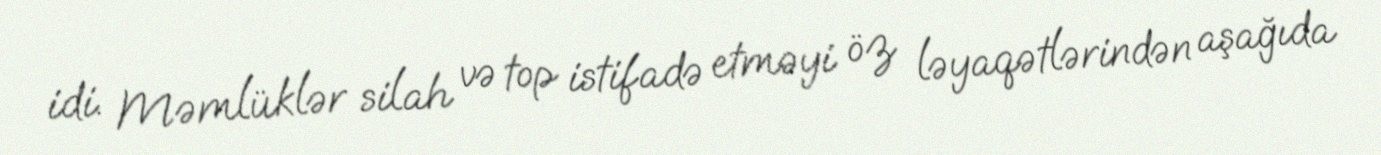
idi. Məmlüklər silah və top istifadə etməyi öz ləyaqətlərindən aşağıda